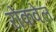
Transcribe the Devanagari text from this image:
रोकवेल